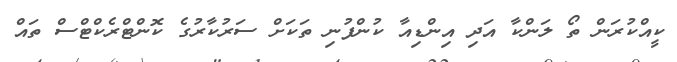
ކީއްކުރަން ތޯ ލަންކާ އަދި އިންޑިއާ ކުންފުނި ތަކަށް ސަރުކާރުގެ ކޮންޓްރެކްޓްސް ތައް